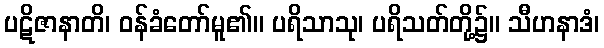
ပဋိဇာနာတိ၊ ဝန်ခံတော်မူ၏။ ပရိသာသု၊ ပရိသတ်တို့၌။ သီဟနာဒံ၊